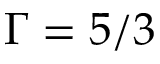
\Gamma = 5 / 3